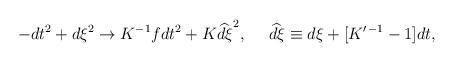
LaTeX: \begin{align*}-dt^2+d\xi^2\to K^{-1}fdt^2+K\widehat{d\xi}^2,\ \ \ \ \widehat{d\xi}\equiv d\xi+[K^{\prime\,-1}-1]dt,\end{align*}